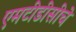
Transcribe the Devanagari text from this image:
एमटीडीसीचे